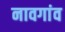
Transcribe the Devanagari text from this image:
नावगांव